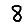
Digit: 8